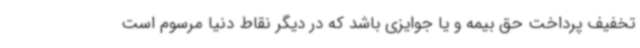
تخفیف پرداخت حق بیمه و یا جوایزی باشد که در دیگر نقاط دنیا مرسوم است